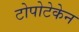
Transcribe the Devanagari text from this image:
टोपोटेकेन